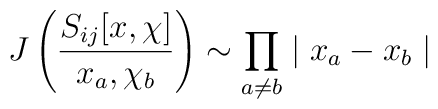
J\left(\frac{S_{ij}[x, \chi]}{x_a, \chi_b} \right) \sim\prod_{a \neq b} \mid x_a - x_b \mid